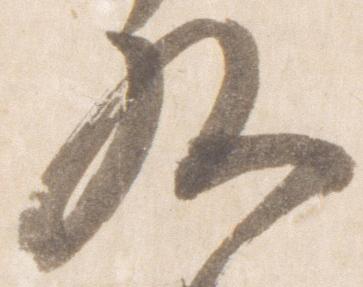
九